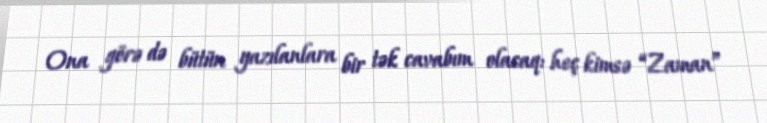
Ona görə də bütün yazılanlara bir tək cavabım olacaq: heç kimsə “Zaman”